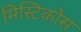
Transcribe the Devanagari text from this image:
मिस्टिकोस